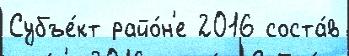
Субъе́кт райо́н'е 2016 соста́в